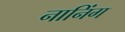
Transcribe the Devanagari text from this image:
नानिंग